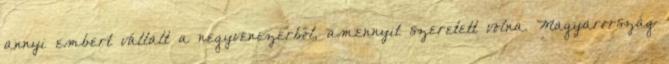
annyi embert vállalt a negyvenezerből, amennyit szeretett volna. Magyarország